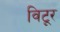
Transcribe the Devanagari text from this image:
विटूर